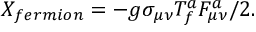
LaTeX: X _ { f e r m i o n } = - g \sigma _ { \mu \nu } T _ { f } ^ { a } F _ { \mu \nu } ^ { a } / 2 .